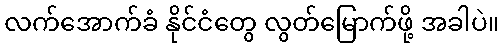
လက်အောက်ခံ နိုင်ငံတွေ လွတ်မြောက်ဖို့ အခါပဲ။